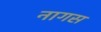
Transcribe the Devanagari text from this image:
नागस